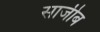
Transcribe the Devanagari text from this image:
साजीब